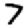
Digit: 7